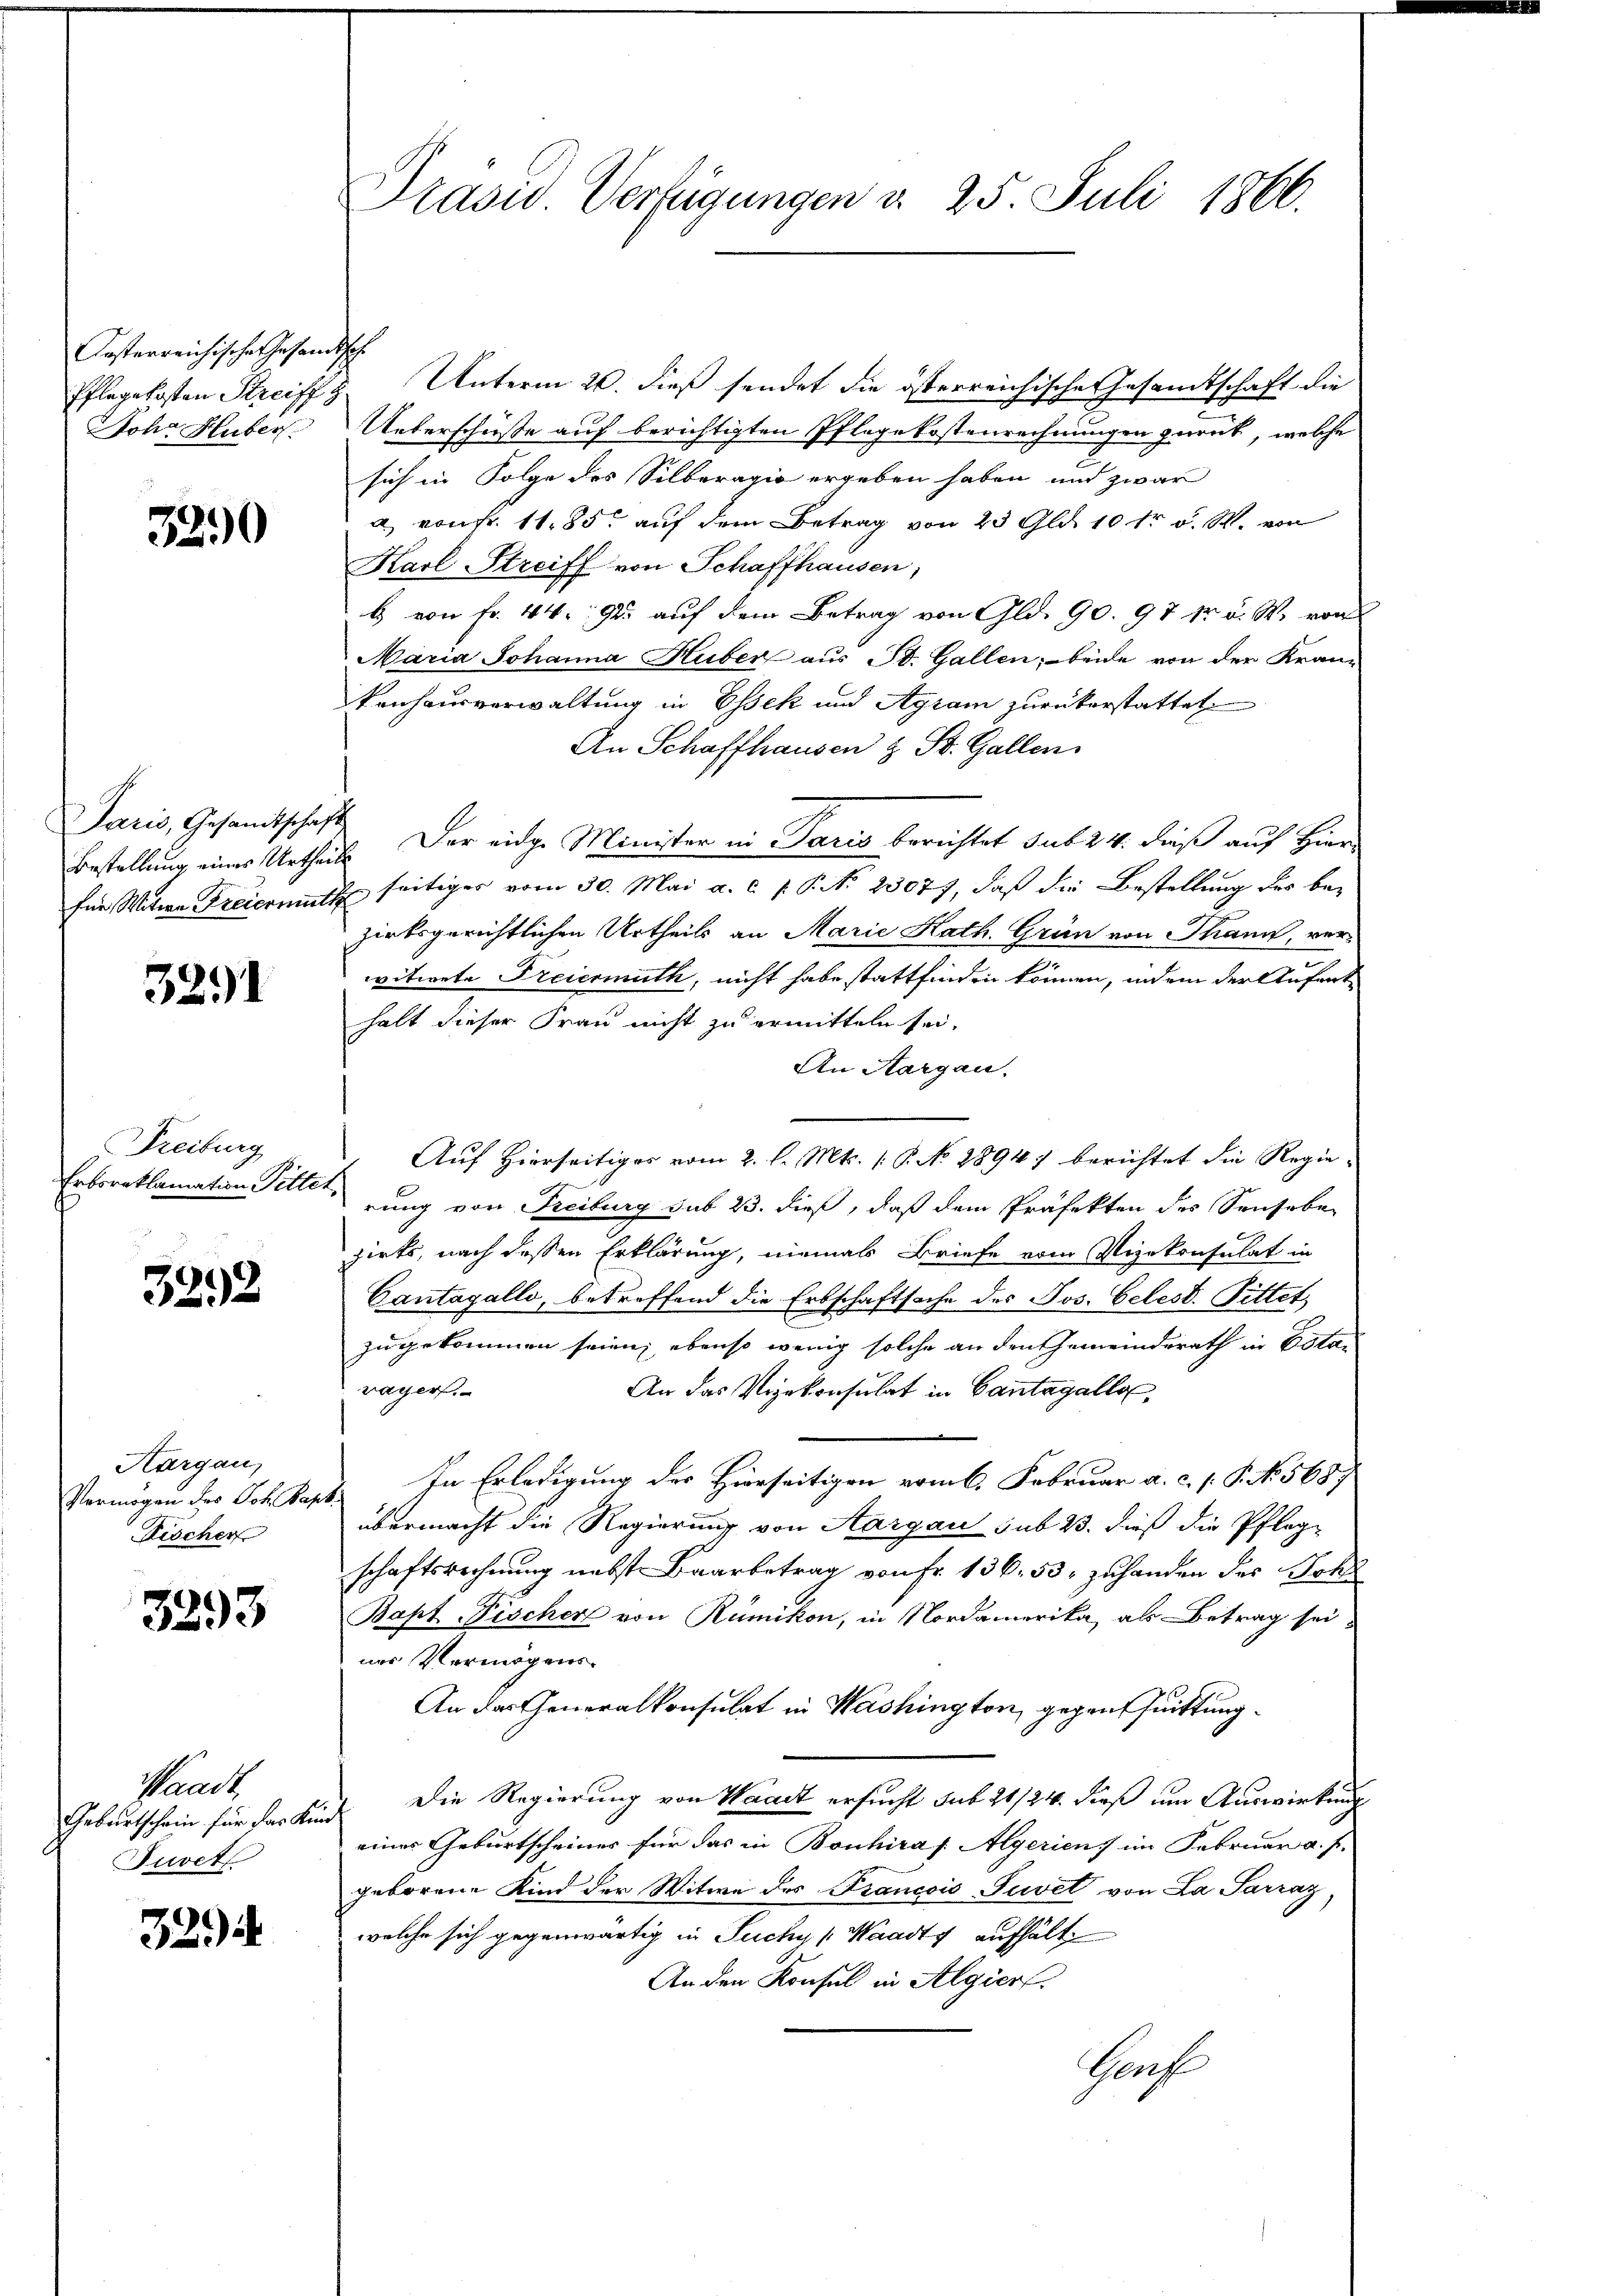
Casterreichisches Gesandtsch
Johr Huber.

3290

Paris, Gesandtschaft

3291

Freiburg
Erbsreklamation Pitter

3292

Hargau,
Vermögen des Joh. Paps
Fischer

3293

sandte
Geburtschein für das Kin¬
Juvet

3294

Präsid. Verfügungen d. 25. Juli 1866.

Pflegekosten Streiffz. Unterm 20. dieß sendet die österreichische Gesamtschaft die
Ueberschüße auf berichtigten Pflegekostenrechnungen zurück, welche
sich in Folge des Silberagio ergeben haben und zwar
a) von Fr. 1185. auf dem Betrag von 23 Gld. 10 tr v. M. von
Karl Streiff von Schaffhausen,
b von Fr. 44. 92. auf dem Betrag von Gld. 90. 97 12 d. W. von
Maria Johanna Huber aus St. Gallen; beide von der Kran-
kenhausverwaltung in Essek und Agram zurückerstattete
An Schaffhausen & St. Gallen.
Bestellung eines Urtheils. Der eidge Minister in Paris berichtet sub 24. dieß auf Hier-
für Witwe Freiermuth seitiger vom 30. Mai a. c. f. P. Nr. 23077, daß die Bestellung der bezirksgerichtlichen Urtheils an Marie Kath. Grün von Thann, verwitwete Freiermuth, nicht habe stattfinden können, indem der Aufenthalt dieser Frau nicht zu ermitteln sei.
An Aargau.
Auf Hierseitiges vom 2. l. Mts. (: P. No 2894) berichtet die Regierung von Freiburg sub 23. dieß, daß dem Präfekten des Sensabe
zirks, nach dessen Erklärung, niemals Briefe vom Vizekonsulat in
Cantagello, betreffend die Erbschaftsache des Jos. Celest. Pittet,
zugekommen seien; ebenso wenig solche an den Gemeinderath in Esta-
wager.
An das Vizekonsulat in Cantagalle,
In Erledigung des Hierseitigen vom 6. Februar a. c. s. P. N. 568
d
übermacht die Regierung von Aargau sub 23. dieß die Pfleg-
schaftsrechnung nebst Baarbetrag von Fr. 136. 53, zu handen des Schl
Baptischer von Rümikon, in Nordamerika, als Betrag sei
ner Vermögens¬
An der Generalkonsulat in Washington, gegen Quittung
Die Regierung von Waadt ersucht sub 21/24. dieß um Auswirkung
h
eines Geburtscheines für das in Bonhira [ Algerien, im Februar a. f.
geborene Kind der Witwe des Francois Juvet von La Parraz
welche sich gegenwärtig in Fuchy (Waadt aufhält
An den Konsul in Algiert.
Grof